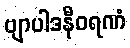
ဗျာပါဒနီဝရဏံ